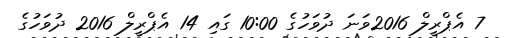
7 އެޕްރީލް 2016ވަނަ ދުވަހުގެ 10:00 ގައި 14 އެޕްރީލް 2016 ދުވަހުގެ